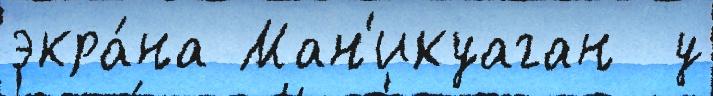
экра́на Ман'икуаган  у